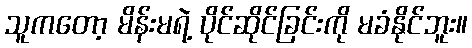
သူကတော့ မိန်းမရဲ့ ပိုင်ဆိုင်ခြင်းကို မခံနိုင်ဘူး။